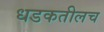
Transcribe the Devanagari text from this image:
धडकतीलच